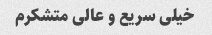
خیلی سریع و عالی متشکرم